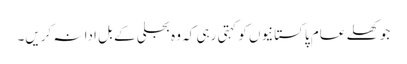
جو کھلے عام پاکستانیوں کو کہتی رہی کہ وہ بجلی کے بل ادا نہ کریں۔